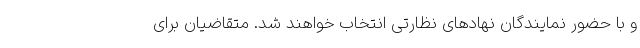
و با حضور نمایندگان نهادهای نظارتی انتخاب خواهند شد. متقاضیان برای